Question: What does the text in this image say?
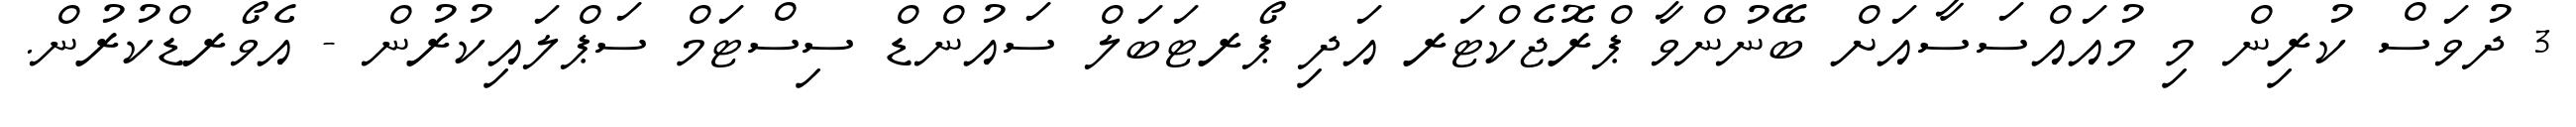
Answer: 3 ދުވަސް ކުރިން މި މުއައްސަސާއަށް ބޭނުންވާ ޕްރޮޖެކްޓަރ އަދި ޕޯރޓަބަލް ސައުންޑް ސިސްޓަމް ސަޕްލައިކުރުން - އެވޯރޑްކުރުން.